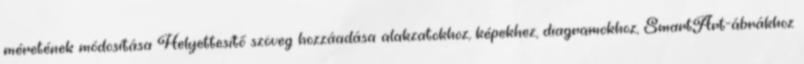
méretének módosítása Helyettesítő szöveg hozzáadása alakzatokhoz, képekhez, diagramokhoz, SmartArt-ábrákhoz